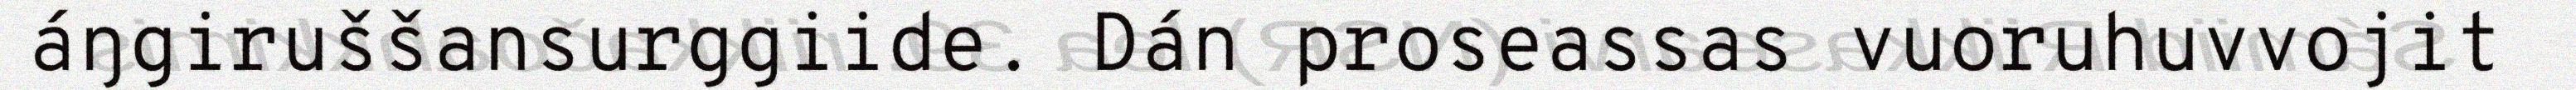
áŋgiruššansurggiide. Dán proseassas vuoruhuvvojit